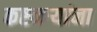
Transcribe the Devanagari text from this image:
कष्टकऱ्यांना